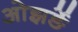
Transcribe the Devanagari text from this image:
ओझर्ङे